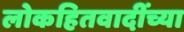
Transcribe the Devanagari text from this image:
लोकहितवादींच्या